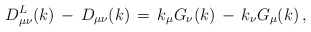
\begin{align*}D_{\mu \nu}^{L}(k)\,-\,D_{\mu \nu}(k)\,=\,k_{\mu} G_{\nu}(k)\,-\,k_{\nu}G_{\mu}(k)\,,\end{align*}